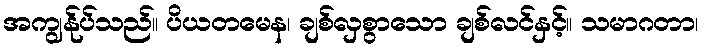
အကျွန်ုပ်သည်။ ပိယတမေန၊ ချစ်လှစွာသော ချစ်လင်နှင့်။ သမာဂတာ၊